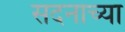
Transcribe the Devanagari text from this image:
सदनाच्या